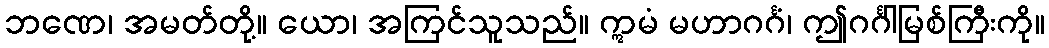
ဘဏေ၊ အမတ်တို့။ ယော၊ အကြင်သူသည်။ ဣမံ မဟာဂင်္ဂံ၊ ဤဂင်္ဂါမြစ်ကြီးကို။